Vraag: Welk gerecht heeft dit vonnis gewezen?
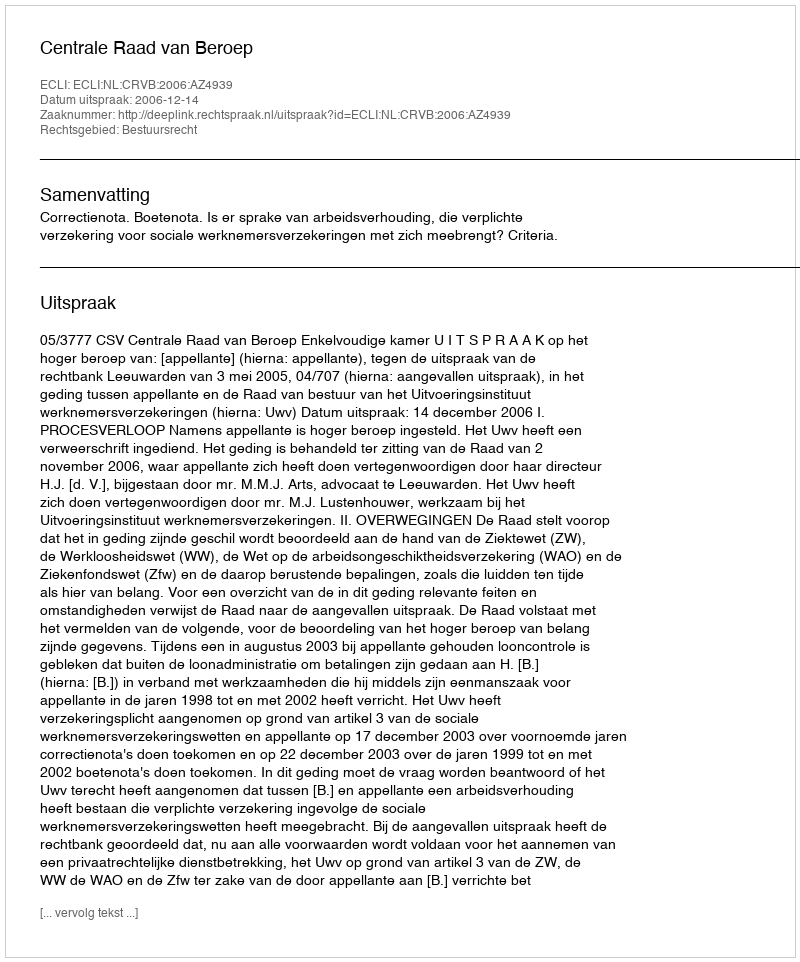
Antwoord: Centrale Raad van Beroep